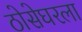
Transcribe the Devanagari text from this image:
ठोसेघरला